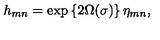
h _ { m n } = \exp \left\{ 2 \Omega ( \sigma ) \right\} \eta _ { m n } ,